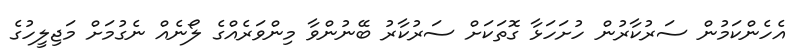
އެހެންކަމުން ސަރުކާރުން ހުށަހަޅާ ގޮތަކަށް ސަރުކާރު ބޭނުންވާ މިންވަރެއްގެ ލޯނެއް ނެގުމަށް މަޖިލީހުގެ